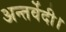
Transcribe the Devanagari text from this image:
अन्तर्वेदी।